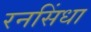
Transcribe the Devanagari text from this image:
रनसिंधा